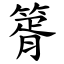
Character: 䈝